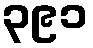
၃၉၁